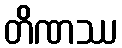
တိဏဿ